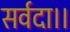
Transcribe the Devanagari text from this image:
सर्वदा।।